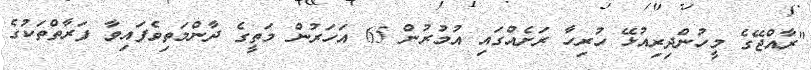
"ރާއްޖޭގެ މީހުންދިރިއުޅޭ ހުރިހާ ރަށެއްގައި އުމުރުން 65 އަހަރުން މަތީގެ ދާންމަތިވެފައިވާ ފަރާތްތަކުގެ